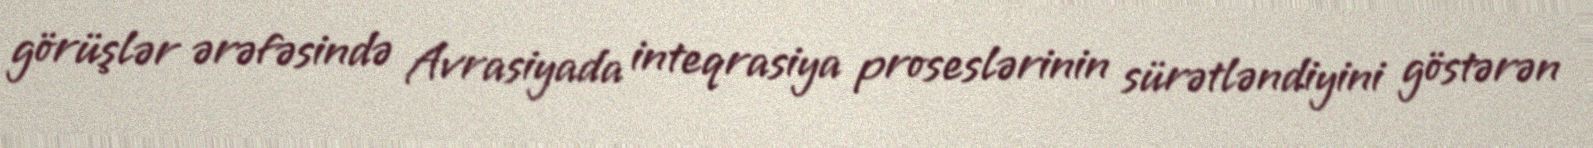
görüşlər ərəfəsində Avrasiyada inteqrasiya proseslərinin sürətləndiyini göstərən